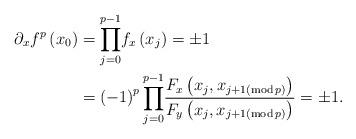
LaTeX: \begin{align*}\partial_{x}f^{p}\left( x_{0}\right) & ={\displaystyle\prod\limits_{j=0}^{p-1}}f_{x}\left( x_{j}\right) =\pm1\\& =\left( -1\right) ^{p}{\displaystyle\prod\limits_{j=0}^{p-1}}\frac{F_{x}\left( x_{j},x_{j+1\left( \operatorname{mod}p\right) }\right)}{F_{y}\left( x_{j},x_{j+1\left( \operatorname{mod}p\right) }\right) }=\pm1. \end{align*}